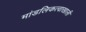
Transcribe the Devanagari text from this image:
मांडलिकत्वाखाली